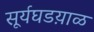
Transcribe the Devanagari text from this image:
सूर्यघडय़ाळ